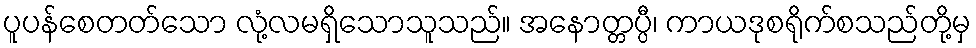
ပူပန်စေတတ်သော လုံ့လမရှိသောသူသည်။ အနောတ္တပ္ပီ၊ ကာယဒုစရိုက်စသည်တို့မှ